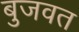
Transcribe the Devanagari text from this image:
बुजवत